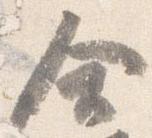
合